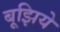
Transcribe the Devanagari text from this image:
बूझिये